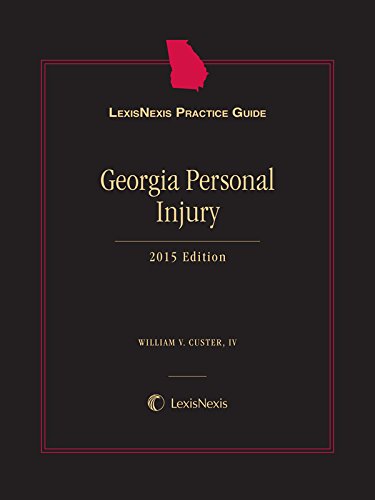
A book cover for LexisNexis Practice Guide Georgia Personal Injury, 2015 Edition; IV William V. Custer; Reference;